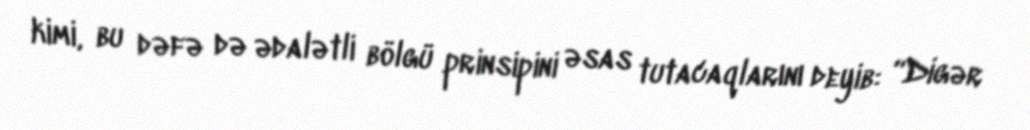
kimi, bu dəfə də ədalətli bölgü prinsipini əsas tutacaqlarını deyib: “Digər